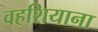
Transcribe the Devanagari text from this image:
वहशियाना